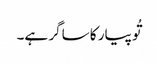
تُو پیار کا ساگر ہے۔